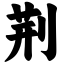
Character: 荆